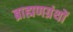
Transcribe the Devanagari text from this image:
ब्राह्मणग्रंथों